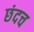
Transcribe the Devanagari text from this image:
छंदच